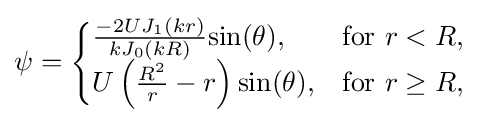
{\begin{aligned}\psi ={\begin{cases}{\frac {-2UJ_{1}(kr)}{kJ_{0}(kR)}}\mathrm {sin} (\theta ),&{\text{for }}r<R,\\U\left({\frac {R^{2}}{r}}-r\right)\mathrm {sin} (\theta ),&{\text{for }}r\geq R,\end{cases}}\end{aligned}}